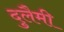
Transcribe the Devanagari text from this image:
दुलैमी